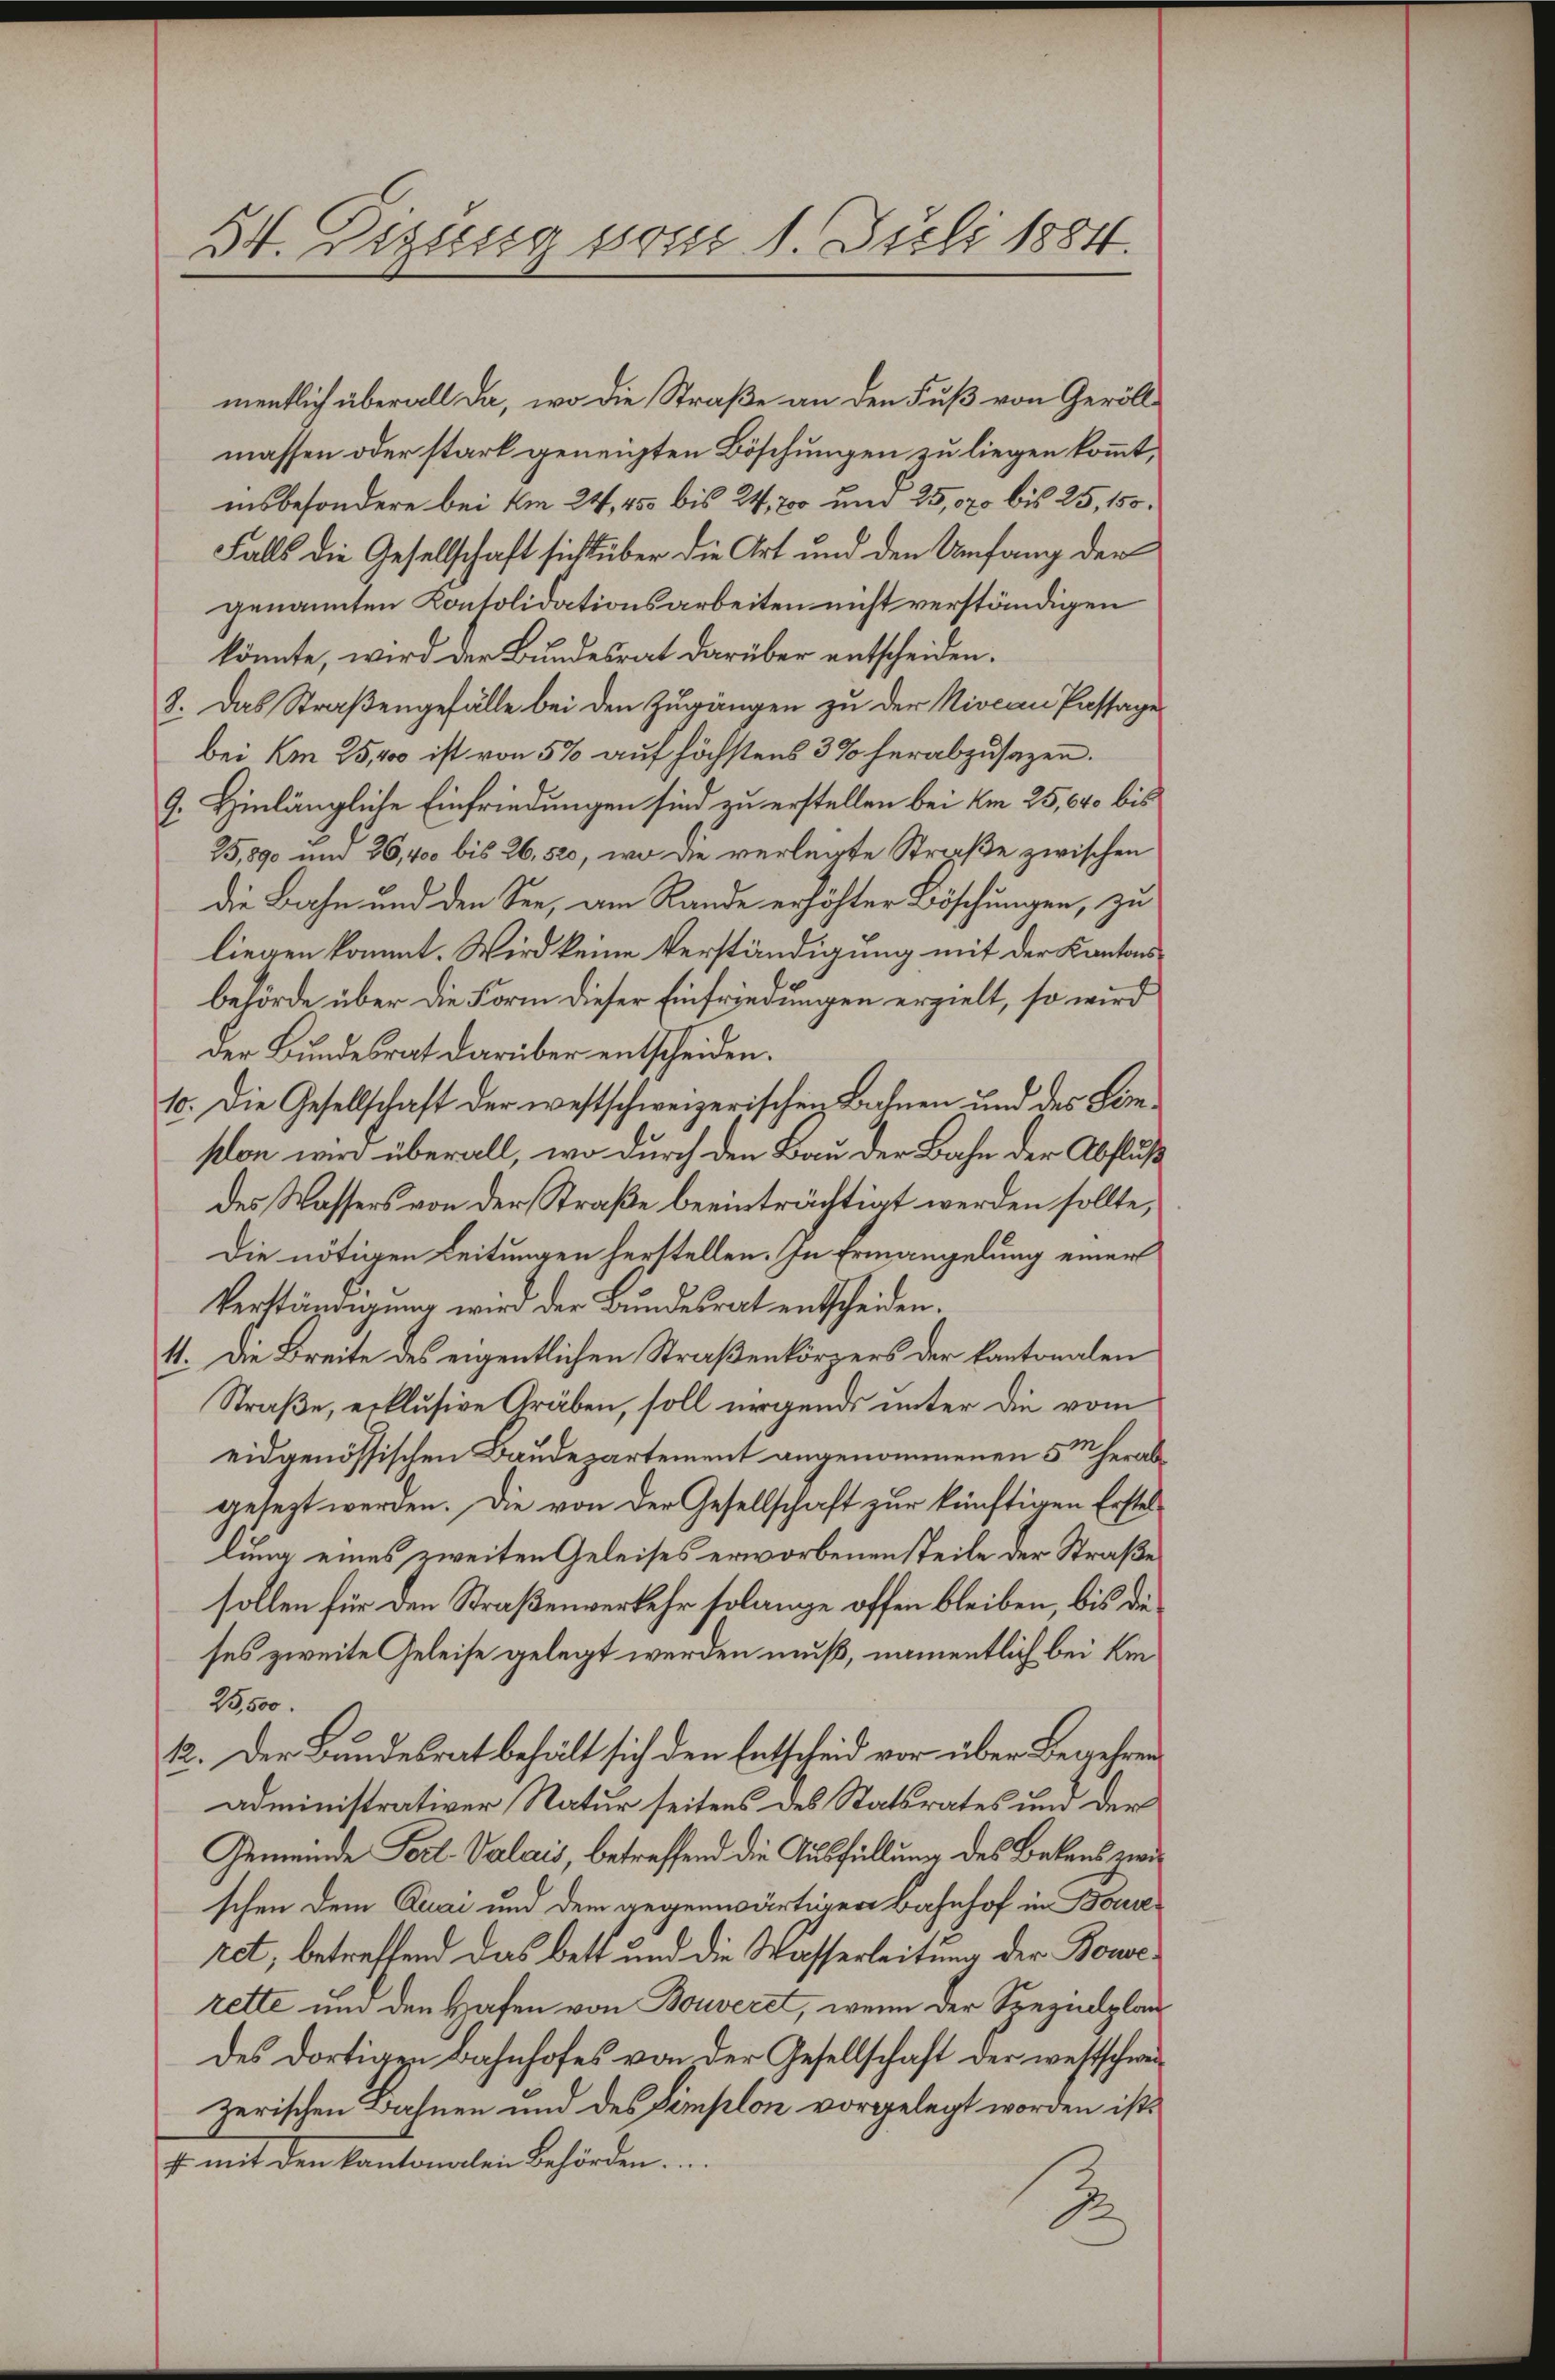
3t. Erzeug vom 1. Juli 1884.

mentlich überall da, wo die Straße an den Fuß von Geröllmassen oder stark geneigten Böschungen zu liegen kommt,
insbesondere bei Am 24, 455 bis 24, 200 und 25,070 bis 25, 155.
Falls die Gesellschaft sich über die Art und den Umfang der
genannten Kontolidationsarbeiten nicht verständigen
könnte, wird der Bundesrat darüber entscheiden.
8. Das Straßengefälle bei den Zugängen zu der Niocan Passage
bei Am 25,00 ist von 5% auf höchstens 3% herabzusagen.
9. Hinlängliche Einfriedungen sind zu erstellen bei Am 25,640 bis
25,890 und 26,400 bis 26, 520, wo die verlegte Straße zwischen
die Bahn und den See, am Rande erhöhter Böschungen, zu
liegen kommt. Wird keine Verständigung mit der Kantonsbehörde über die Form dieser Einfriedungen erzielt, so wird
Der Bundesrat darüber entscheiden.
1o. Die Gesellschaft der westschweizerischen Bahnen und des Limston wir überall, wo durch den Bau der Bahn der Abfluß
des Wassers von der Straße beeinträchtigt werden sollte,
Die nötigen Leitungen herstellen. In Ermangelung einer
Verständigung wird der Bundesrat entscheiden.
41. Die Breite des eigentlichen Straßenkörpers der kantonalen
Straße, erklusive Gräben, soll irgends unter die vom
eidgenössischen Baudepartement angenommenen 5 m herabgesezt werden. Die von der Gesellschaft zur künftigen Erstellung eines zweiten Geleises erworbenen steile der Straße
sollen für den Straßenverkehr solange offen bleiben, bis die
ses zweite Geleise gelegt werden muß, namentlich bei kin
25,500.
12. Der Bundesrat behält sich den Entscheid vor über Begehren
administrativer Natur seitens des Statsrates und der
Gemeinde Fort- Valais, betreffend die Ausfüllung des Bekens zwischen dem Quai und dem gegenwärtiger Bahnhof in Boure
ret, betreffend das Bett und die Wasserleitung der Bouserette um den Hafen von Bouveret, wenn der Spezialplandes dortigen Bahnhofes von der Gesellschaft der westschweizerischen Bahnen und des Semplon vorgelegt worden ist.
st mit den kantonalen Behörden.
d